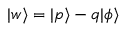
| w \rangle = | p \rangle - q | \phi \rangle